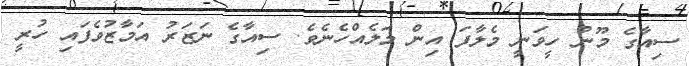
ސިއާގެ މޫނު ހީވަނީ މެލާފަ އިން މަލެއްހެނެވެ. ސިއާގެ ނަޒަރު އަމާޒުވެފައި ހުރީ